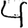
Digit: 4